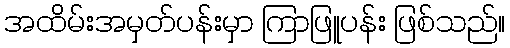
အထိမ်းအမှတ်ပန်းမှာ ကြာဖြူပန်း ဖြစ်သည်။